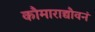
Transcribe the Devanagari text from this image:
कौमाराद्यौवनं